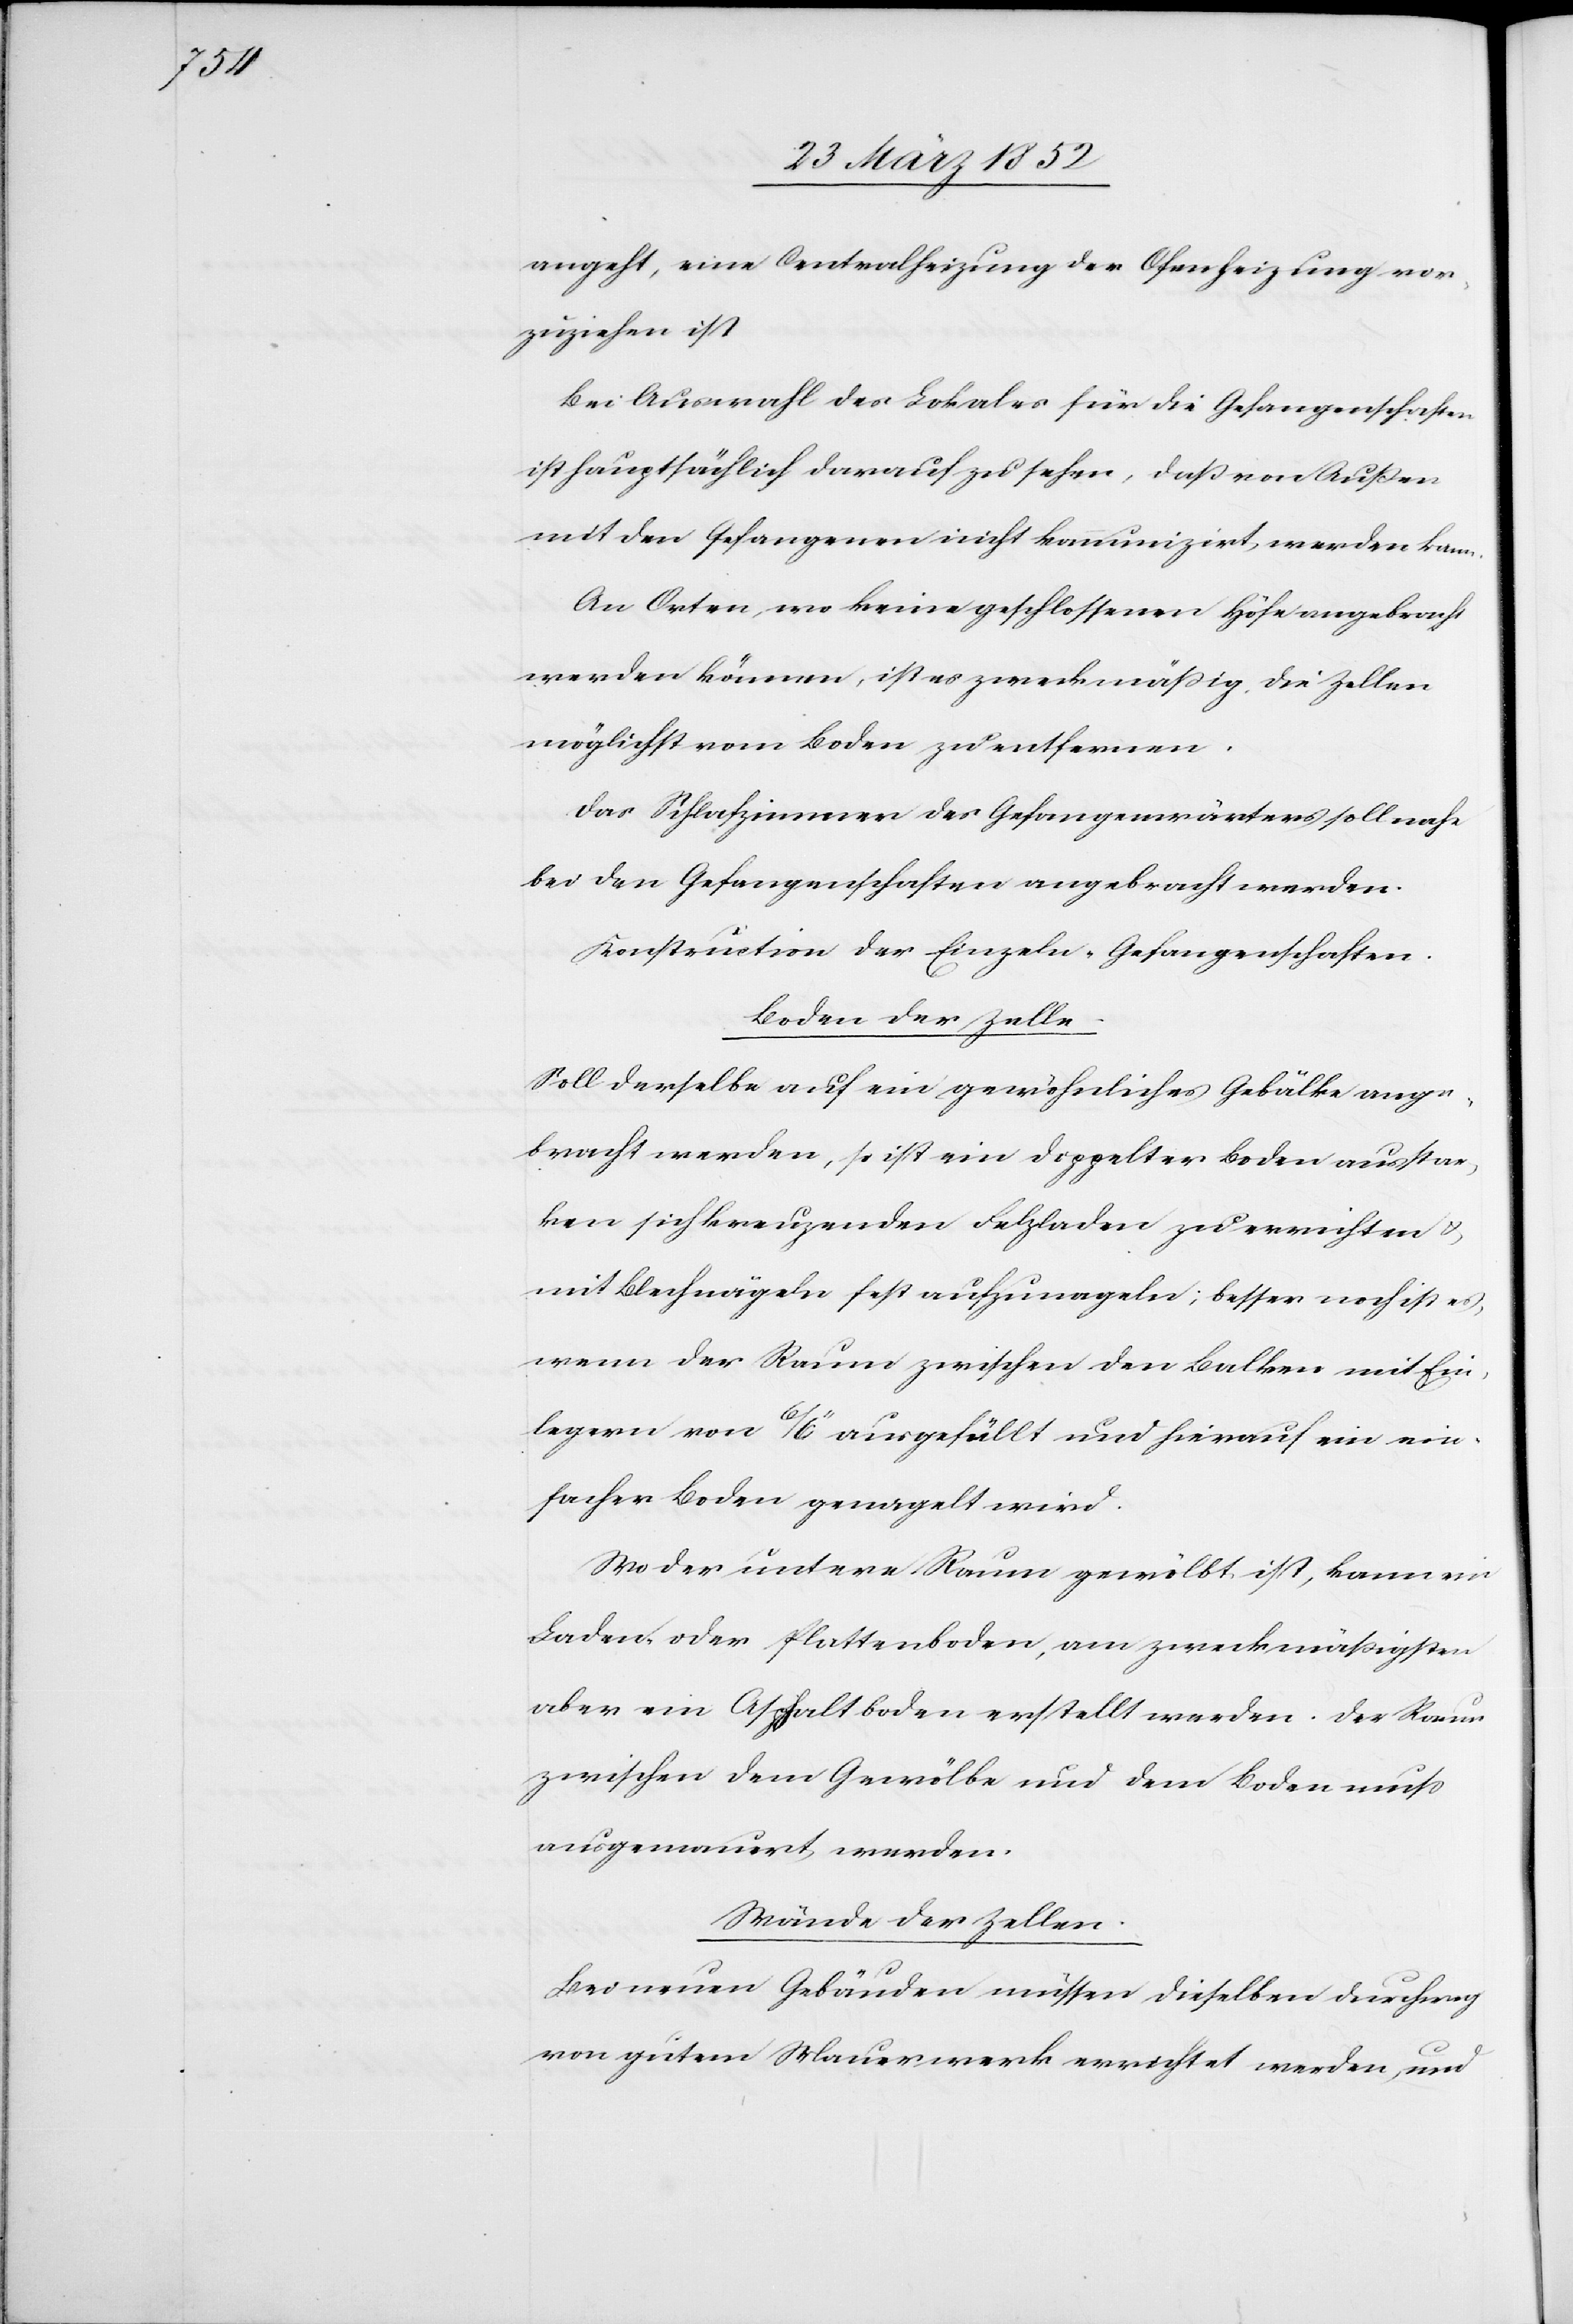
angeht, eine Centralheizung der Ofenheizung vor¬
zuziehen ist.
Bei Auswahl des Lokales für die Gefangenschaften
ist hauptsächlich darauf zu sehen, daß von Außen
mit den Gefangenen nicht kommunizirt werden kann.
An Orten, wo keine geschlossenen Höfe angebracht
werden können, ist es zweckmäßig, die Zellen
möglichst vom Boden zu entfernen.
Das Schlafzimmer des Gefangenwärters soll nahe
bei den Gefangenschaften angebracht werden.
Konstruction der Einzeln-Gefangenschaften.
Boden der Zelle.
Soll derselbe auf ein gewöhnliches Gebälke ange¬
bracht werden, so ist ein doppelter Boden aus star¬
ken sich beugenden Felzladen zu errichten u.
mit Blechnägeln fest aufzunageln; besser noch ist es,
wenn der Raum zwischen den Balken mit Ein¬
legern von 6/6‘‘ ausgefüllt und hierauf ein ein¬
facher Boden genagelt wird.
Wo der untere Raum gewölbt ist, kann ein
Laden- oder Plattenboden, am zweckmäßigsten
aber ein Asphaltboden erstellt werden. Der Raum
zwischen dem Gewölbe und dem Boden muß
ausgemauert werden.
Wände der Zellen.
Bei neuen Gebäuden müssen dieselben durchweg
von gutem Mauerwerk errichtet werden, und